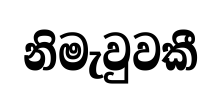
නිමැවුවකී